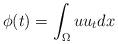
LaTeX: \begin{align*}\phi(t)= \int_\Omega uu_t dx\end{align*}